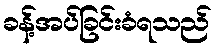
ခန့်အပ်ခြင်းခံရသည်